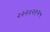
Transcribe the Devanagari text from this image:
२२२४२१२५